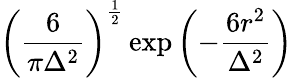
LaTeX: \left(\frac{6}{\pi\Delta^{2}}\right)^{\frac{1}{2}}\exp\left({-\frac{6r^{2}}{\Delta^{2}}}\right)